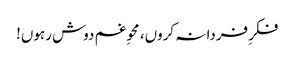
فکرِ فردا نہ کروں، محوِ غم دوش رہوں!